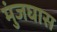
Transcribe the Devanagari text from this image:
मुंजघास